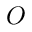
O